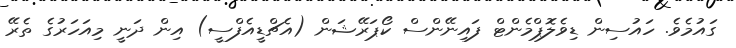
ގައުމެވެ. ހައުސިން ޑިވެލޮޕްމެންޓް ފައިނޭންސް ކޯޕަރޭޝަން (އެޗްޑީއެފްސީ) އިން ދަނީ މިއަހަރުގެ ތެރޭ